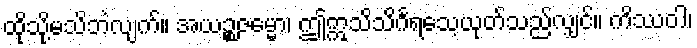
ထိုသို့မသိဘဲလျက်။ အယဉ္စဇမ္မော၊ ဤဣသိသိင်္ဂရသေ့ယုတ်သည်လျှင်။ ကိဿဝါ၊